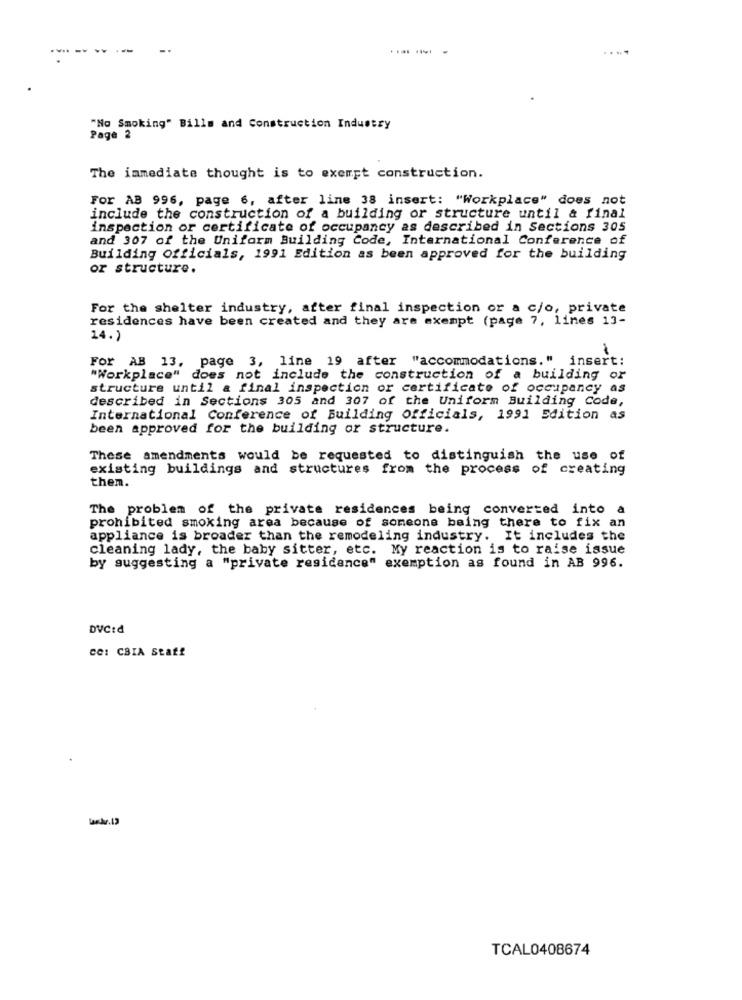
-.
"No Smoking" Bills and Construction Industry
Page 2
The immediate thought is to exempt construction.
For AB 996, page 6, after line 38 insert: "Workplace" does not
include the construction of a building or structure until & final
inspection or certificate of occupancy as described in Sections 305
and 307 of the Uniform Building Code, International Conference of
Building Officials, 1991 Edition as been approved for the building
or structure.
For the shelter industry, after final inspection or a c/o, private
residences have been created and they are exempt (page 7, lines 13-
14.)
For AB 13, page 3, line 19 after "accommodations. " insert:
"Workplace" does not include the construction of a building or
structure until a final inspection or certificate of occupancy as
described in Sections 305 and 307 of the Uniform Building Code,
International Conference of Building Officials, 1991 Edition as
been approved for the building or structure.
These amendments would be requested to distinguish the use of
existing buildings and structures from the process of creating
them.
The problem of the private residences being converted into a
prohibited smoking area because of someone being there to fix an
appliance is broader than the remodeling industry. It includes the
cleaning lady, the baby sitter, etc. My reaction is to raise issue
by suggesting a "private residence" exemption as found in AB 996.
DVC:d
ce: CBIA Staff
laskr.13
TCAL0408674